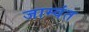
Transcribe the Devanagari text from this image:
जाम्वंत